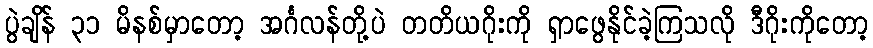
ပွဲချိန် ၃၁ မိနစ်မှာတော့ အင်္ဂလန်တို့ပဲ တတိယဂိုးကို ရှာဖွေနိုင်ခဲ့ကြသလို ဒီဂိုးကိုတော့